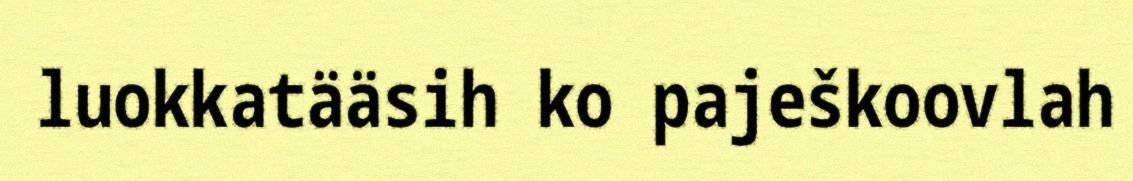
luokkatääsih ko paješkoovlah